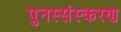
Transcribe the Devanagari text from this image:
पुनस्संस्करण